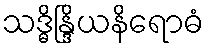
သဒ္ဓိန္ဒြိယနိရောဓံ